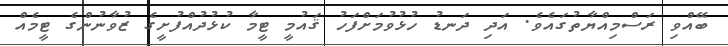
ބޭއްވި ރަސްމިއްޔާތުގައެވެ. އަދި ދަނޑު ހުޅުވުމަށްފަހު ޤައުމީ ޓީމާ ކުޅުދުއްފުށީގެ ޒުވާނުންގެ ޓީމެއް